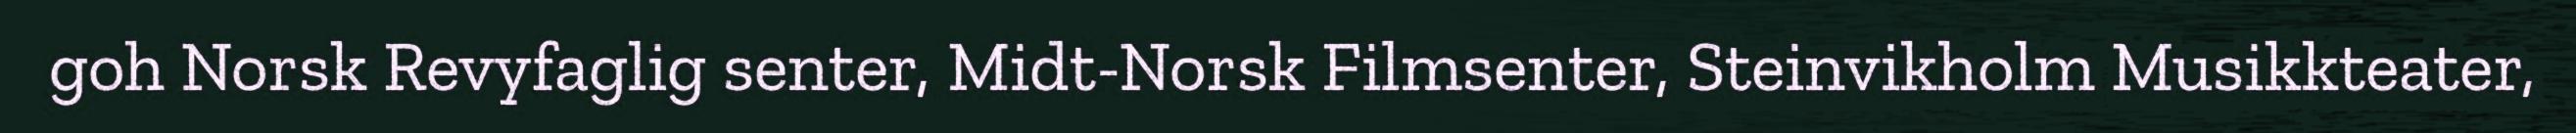
goh Norsk Revyfaglig senter, Midt-Norsk Filmsenter, Steinvikholm Musikkteater,